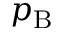
p _ { \mathrm { { B } } }